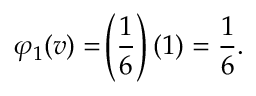
\varphi _ { 1 } ( v ) = \! \left( { \frac { 1 } { 6 } } \right) ( 1 ) = { \frac { 1 } { 6 } } .